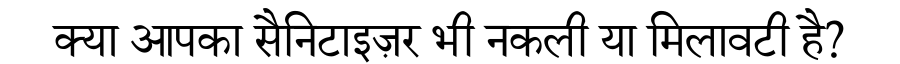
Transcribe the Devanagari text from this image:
क्या आपका सैनिटाइज़र भी नकली या मिलावटी है?